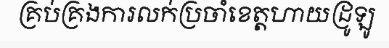
គ្រប់គ្រងការលក់ប្រចាំខេត្តហាយដ្រូឡូ